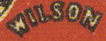
WILSON